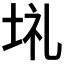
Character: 𡋀